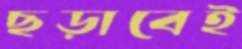
ছড়াবেই